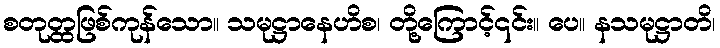
စတုတ္ထဖြစ်ကုန်သော။ သမုဋ္ဌာနေဟိစ၊ တို့ကြောင့်၎င်း။ ပေ။ နသမုဋ္ဌာတိ၊